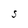
Character: S